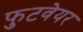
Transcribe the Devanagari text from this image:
फुटवेयर